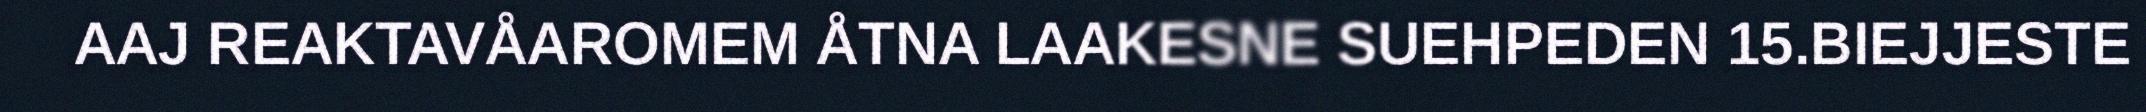
AAJ REAKTAVÅAROMEM ÅTNA LAAKESNE SUEHPEDEN 15.BIEJJESTE